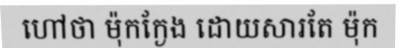
ហៅថា ម៉ុកក្ងែង ដោយសារតែ ម៉ុក